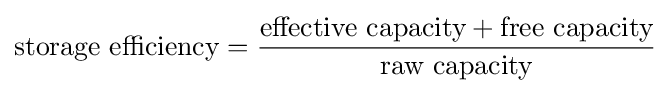
{\text{storage efficiency}}={\frac {{\text{effective capacity}}+{\text{free capacity}}}{\text{raw capacity}}}